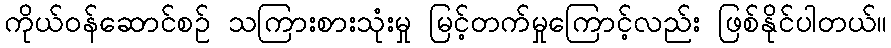
ကိုယ်ဝန်ဆောင်စဉ် သကြားစားသုံးမှု မြင့်တက်မှုကြောင့်လည်း ဖြစ်နိုင်ပါတယ်။